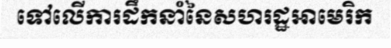
ទៅលើការដឹកនាំនៃសហរដ្ឋអាមេរិក